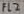
Text: FL2